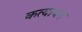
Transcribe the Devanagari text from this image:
कत्यायन